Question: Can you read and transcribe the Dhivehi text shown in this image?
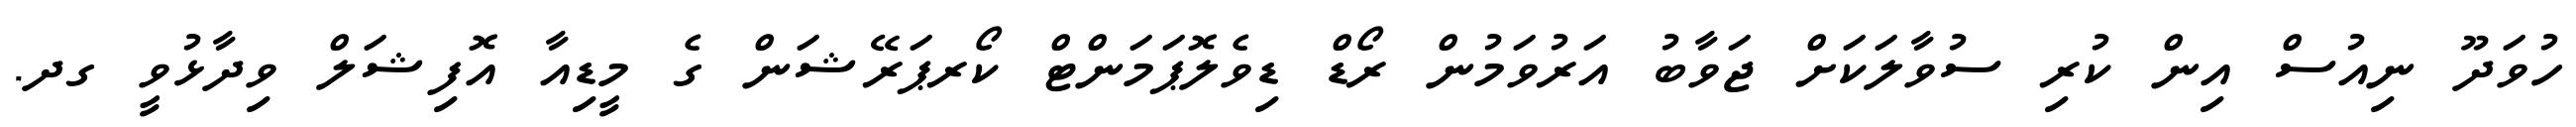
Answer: ހުވަދޫ ނިއުސް އިން ކުރި ސުވާލަކަށް ޖަވާބު އަރުވަމުން ރޯޑް ޑިވެލޮޕަމަންޓް ކޯރޕަރޭޝަން ގެ މީޑިއާ އޮފިޝަލް ވިދާޅުވީ ގދ.